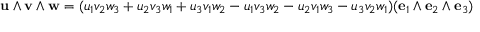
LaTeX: \mathbf { u } \wedge \mathbf { v } \wedge \mathbf { w } = ( u _ { 1 } v _ { 2 } w _ { 3 } + u _ { 2 } v _ { 3 } w _ { 1 } + u _ { 3 } v _ { 1 } w _ { 2 } - u _ { 1 } v _ { 3 } w _ { 2 } - u _ { 2 } v _ { 1 } w _ { 3 } - u _ { 3 } v _ { 2 } w _ { 1 } ) ( \mathbf { e } _ { 1 } \wedge \mathbf { e } _ { 2 } \wedge \mathbf { e } _ { 3 } )